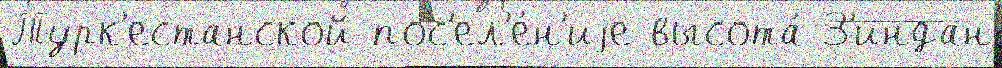
Турк'естанской пос'ел'е́н'иjе высота́ З'индан